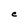
Character: C